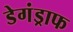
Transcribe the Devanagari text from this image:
डेगंड्राफ